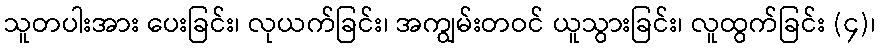
သူတပါးအား ပေးခြင်း၊ လုယက်ခြင်း၊ အကျွမ်းတဝင် ယူသွားခြင်း၊ လူထွက်ခြင်း (၄)၊